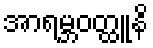
အာရမ္ဘဝတ္ထူနိ